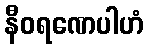
နီဝရဏေပါဟံ